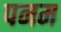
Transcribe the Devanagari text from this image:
पनम